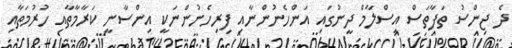
ދެ ޖިންސު ތަފާތަސް އިސްލާމް ދީނުގައި އަންހެނުންނާއި ފިރިހެނުންނަކީ އިންސާނީ ކަރާމާތާއި ހުރުމަތާއި